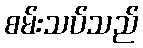
စမ်းသပ်သည်